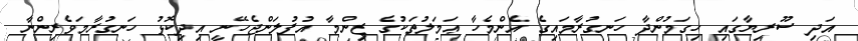
އަދި ސޫރިޔާގައި ހިގަމުންދާ ހަނގުރާމައިގެ އެންމެހާ ޢަމަލުތަކުގެ ޒިންމާ އުފުލަންޖެހޭނީ އިދިކޮޅު ހަނގުރާމަވެރިންނާ